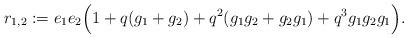
LaTeX: \begin{align*} r_{1,2} := e_1 e_2 \Big( 1 + q(g_1 + g_2) + q^2 (g_1 g_2 + g_2 g_1) + q^3 g_1 g_2 g_1 \Big). \end{align*}